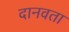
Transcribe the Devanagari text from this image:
दानवता